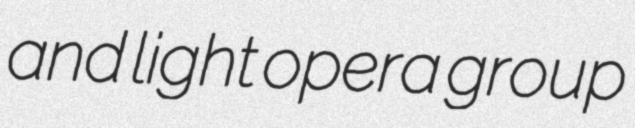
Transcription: and light opera group